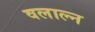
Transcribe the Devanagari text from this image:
वलाल्न